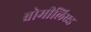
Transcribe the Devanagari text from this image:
ब्रोमीलिएड